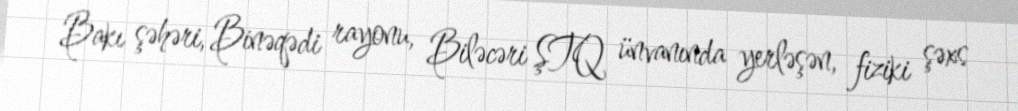
Bakı şəhəri, Binəqədi rayonu, Biləcəri ŞTQ ünvanında yerləşən, fiziki şəxs